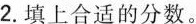
2.填上合适的分数。